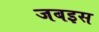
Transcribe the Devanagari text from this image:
जबइस